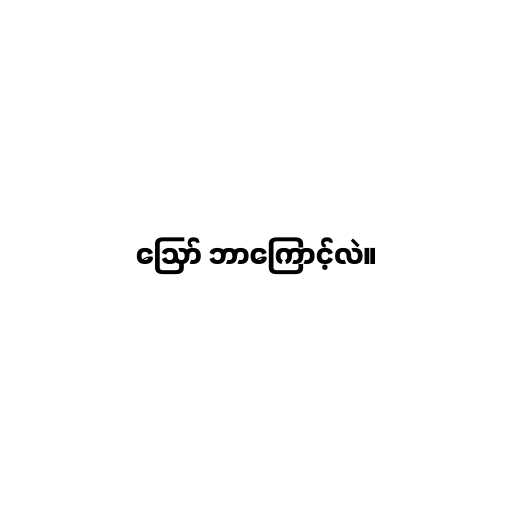
ဪ ဘာကြောင့်လဲ။